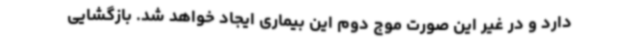
دارد و در غیر این صورت موج دوم این بیماری ایجاد خواهد شد. بازگشایی